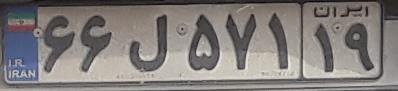
۶۶ل۵۷۱۱۹